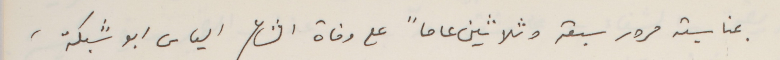
بمناسبة مرور سبعة وثلاثين عاماً على وفاة الشاعر الياس ابو شبكة،